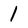
Character: 1